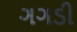
ગગડી